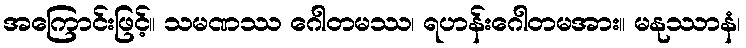
အကြောင်းဖြင့်။ သမဏဿ ဂေါတမဿ၊ ရဟန်းဂေါတမအား။ မနုဿာနံ၊